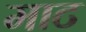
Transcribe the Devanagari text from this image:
माट